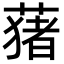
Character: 蕏